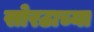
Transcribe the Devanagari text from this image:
सोरठाच्या